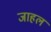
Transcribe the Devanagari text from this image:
जाहल